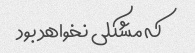
که مشکلی نخواهد بود